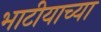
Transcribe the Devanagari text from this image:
भाटीयाच्या